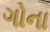
ગોના